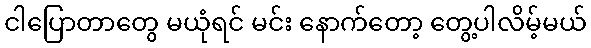
ငါပြောတာတွေ မယုံရင် မင်း နောက်တော့ တွေ့ပါလိမ့်မယ်